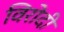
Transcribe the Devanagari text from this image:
विरोदी